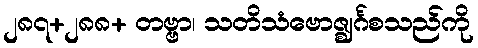
၂၈၇+၂၈၈+ တဗ္ဗာ၊ သတိသံဗောဇ္ဈင်္ဂစသည်ကို